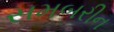
સમબરીન